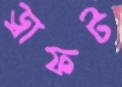
ড্রাফট